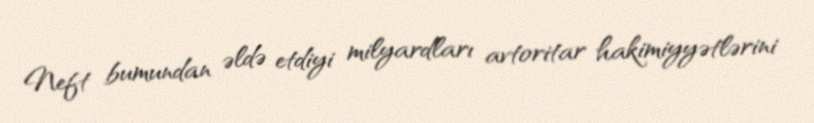
Neft bumundan əldə etdiyi milyardları avtoritar hakimiyyətlərini